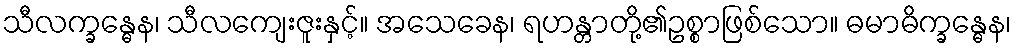
သီလက္ခန္ဓေန၊ သီလကျေးဇူးနှင့်။ အသေခေန၊ ရဟန္တာတို့၏ဥစ္စာဖြစ်သော။ ဓမာဓိက္ခန္ဓေန၊